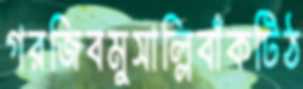
গরজিবমুসাল্লিবাঁকটিঠ